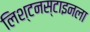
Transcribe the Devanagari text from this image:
लिश्टनस्टाइनला